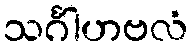
သင်္ဂါဟဗလံ